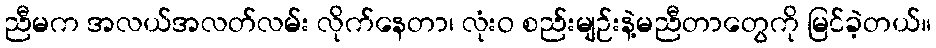
ညီမက အလယ်အလတ်လမ်း လိုက်နေတာ၊ လုံးဝ စည်းမျဉ်းနဲ့မညီတာတွေကို မြင်ခဲ့တယ်။